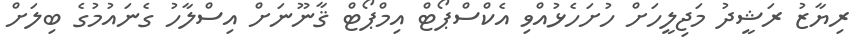
ރިޔާޒު ރަޝީދު މަޖިލީހަށް ހުށަހެޅުއްވި އެކްސްޕޯޓް އިމްޕޯޓް ޤާނޫނަށް އިސްލާހު ގެނައުމުގެ ބިލަށް